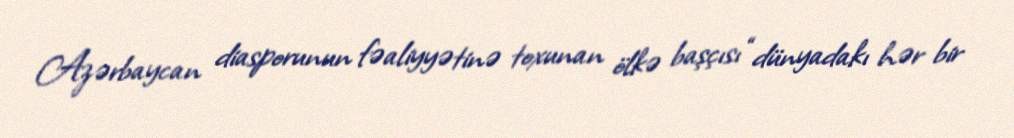
Azərbaycan diasporunun fəaliyyətinə toxunan ölkə başçısı “dünyadakı hər bir